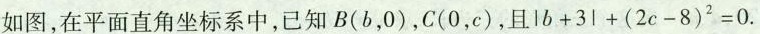
如图，在平面直角坐标系中，已知B(b，0)，C(0，c)，且|b+3|+(2c-8)2=0.